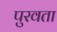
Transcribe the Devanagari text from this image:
पुरवता